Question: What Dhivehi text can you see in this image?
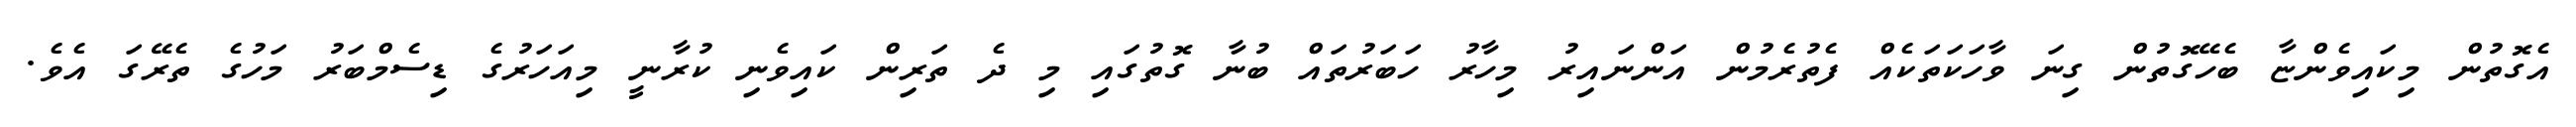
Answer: އެގޮތުން މިކައިވެންޏާ ބެހޭގޮތުން ގިނަ ވާހަކަތަކެއް ފެތުރެމުން އަންނައިރު މިހާރު ހަބަރުތައް ބުނާ ގޮތުގައި މި ދެ ތަރިން ކައިވެނި ކުރާނީ މިއަހަރުގެ ޑިސެމްބަރު މަހުގެ ތެރޭގަ އެވެ.